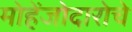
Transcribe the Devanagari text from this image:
मोहेंजोदारोचे